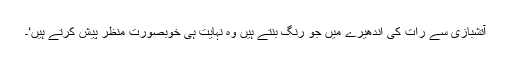
آتشبازی سے رات کی اندھیرے میں جو رنگ بنتے ہیں وہ نہایت ہی خوبصورت منظر پیش کرتے ہیں‘۔